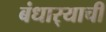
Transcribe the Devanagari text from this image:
बंधार्‍याची